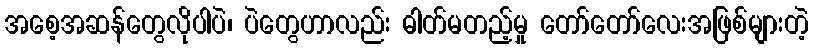
အစေ့အဆန်တွေလိုပါပဲ၊ ပဲတွေဟာလည်း ဓါတ်မတည့်မှု တော်တော်လေးအဖြစ်များတဲ့